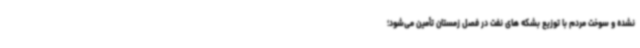
نشده و سوخت مردم با توزیع بشکه های نفت در فصل زمستان تأمین می‌شود؛